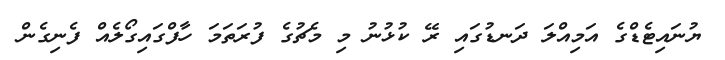
ޔުނައިޓެޑްގެ އަމިއްލަ ދަނޑުގައި ރޭ ކުޅުނު މި މެޗުގެ ފުރަތަމަ ހާފްގައިގޯލެއް ފެނިގެން